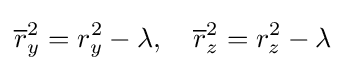
{\overline {r}}_{y}^{2}=r_{y}^{2}-\lambda ,\quad {\overline {r}}_{z}^{2}=r_{z}^{2}-\lambda